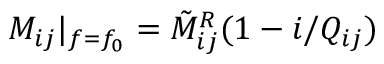
M _ { i j } | _ { f = f _ { 0 } } = \tilde { M } _ { i j } ^ { R } ( 1 - i / Q _ { i j } )